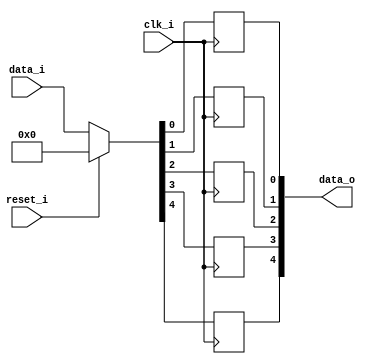
// This program was cloned from: https://github.com/NYU-MLDA/OpenABC
// License: BSD 3-Clause "New" or "Revised" License

module bsg_dff_reset_05
(
  clk_i,
  reset_i,
  data_i,
  data_o
);

  input [4:0] data_i;
  output [4:0] data_o;
  input clk_i;
  input reset_i;
  wire [4:0] data_o;
  wire N0,N1,N2,N3,N4,N5,N6,N7;
  reg data_o_4_sv2v_reg,data_o_3_sv2v_reg,data_o_2_sv2v_reg,data_o_1_sv2v_reg,
  data_o_0_sv2v_reg;
  assign data_o[4] = data_o_4_sv2v_reg;
  assign data_o[3] = data_o_3_sv2v_reg;
  assign data_o[2] = data_o_2_sv2v_reg;
  assign data_o[1] = data_o_1_sv2v_reg;
  assign data_o[0] = data_o_0_sv2v_reg;

  always @(posedge clk_i) begin
    if(1'b1) begin
      data_o_4_sv2v_reg <= N7;
    end 
  end


  always @(posedge clk_i) begin
    if(1'b1) begin
      data_o_3_sv2v_reg <= N6;
    end 
  end


  always @(posedge clk_i) begin
    if(1'b1) begin
      data_o_2_sv2v_reg <= N5;
    end 
  end


  always @(posedge clk_i) begin
    if(1'b1) begin
      data_o_1_sv2v_reg <= N4;
    end 
  end


  always @(posedge clk_i) begin
    if(1'b1) begin
      data_o_0_sv2v_reg <= N3;
    end 
  end

  assign { N7, N6, N5, N4, N3 } = (N0)? { 1'b0, 1'b0, 1'b0, 1'b0, 1'b0 } : 
                                  (N1)? data_i : 1'b0;
  assign N0 = reset_i;
  assign N1 = N2;
  assign N2 = ~reset_i;

endmodule